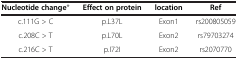
| Nucleotide change* | Effect on protein | location | Ref |
 | --- | --- | --- | --- |
 | c.111G > C | p.L37L | Exon1 | rs200805059 |
 | c.208C > T | p.L70L | Exon2 | rs79703274 |
 | c.216C > T | p.I72I | Exon2 | rs2070770 |